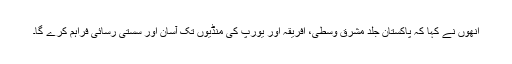
انھوں نے کہا کہ پاکستان جلد مشرق وسطیٰ، افریقہ اور یورپ کی منڈیوں تک آسان اور سستی رسائی فراہم کرے گا۔